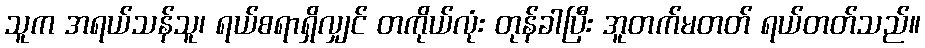
သူက အရယ်သန်သူ၊ ရယ်စရာရှိလျှင် တကိုယ်လုံး တုန်ခါပြီး အူတက်မတတ် ရယ်တတ်သည်။